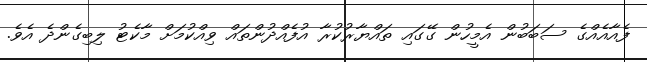
ފެއާއެއްގެ ސަބަބުން އެމީހުން ގޭގައި ތައްޔާރުކުރާ އުފެއްދުންތައް ވިއްކުމަށް މާކެޓު ލިބިގެންދެ އެވެ.